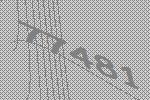
77481